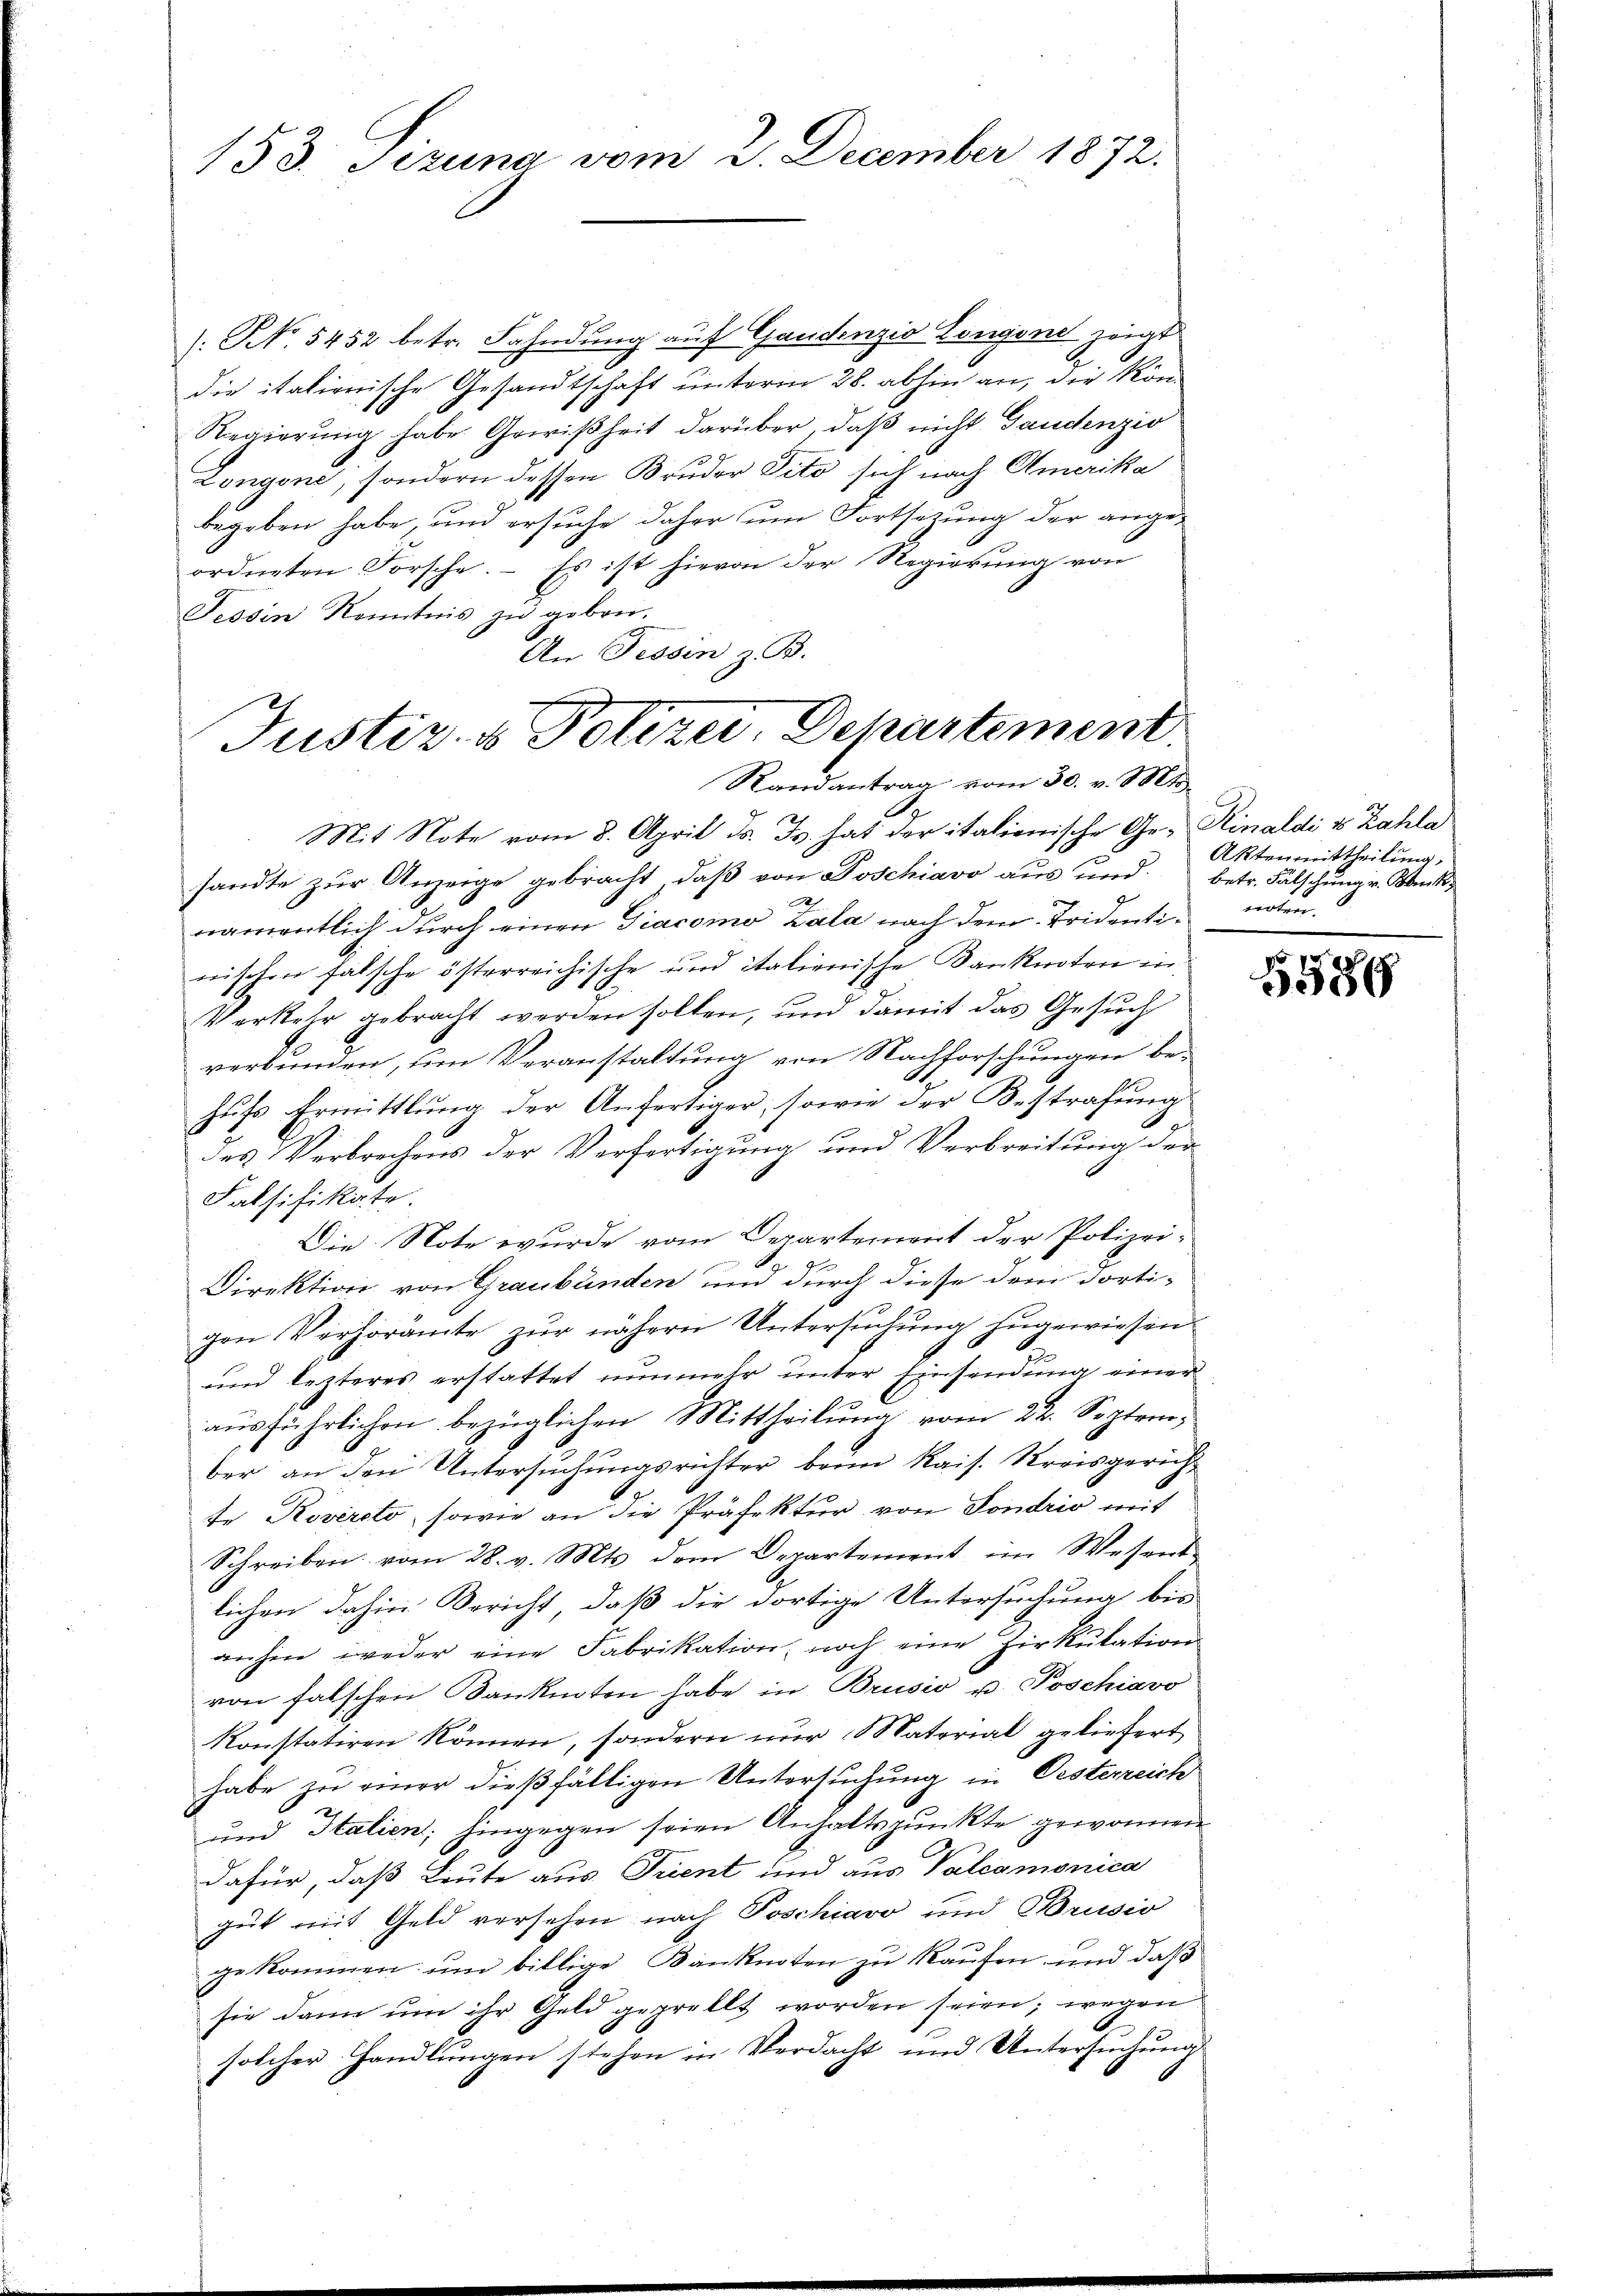
153. Sezuna vom 2. December 1872.

[No. 5452 betr. Fahndung auf Gaudenzio Longond zeigt
die italienische Gesandtschaft unterm 28. abhin an, die kön-
Regierung habe Gewißheit darüber, daß nicht Gaudenzio
Zongone; sondern dessen Bruder Tito sich nach Amerika
begeben habe, und ersuche daher um Fortsezung der angeordneten Forsche. – Es ist hievon der Regierung von
Tessin Kenntnis zu geben.
An Tessin z. B.
Mit Note vom 8. April d. Js. hat der italienische Ge- Rinaldi & Zahla
sandte zur Anzeige gebracht, daß von Poschiavo aus und
n
namentlich durch einen Diacomo Zala nach dem Tridentinischen fälsche österreichische und italienische Kanknoten in
Verkehr gebracht werden sollen, und damit das Gesuch
verbunden, um Veranstaltung von Nachforschungen be-
hufs Ermittlung der Anfertiger, sowie der Bestrafung
des Verbrechens der Verfertigung und Verbreitung der
Falsifikate.
Die Note wurde vom Departement der Polizei-
Direktion von Graubünden und durch diese dem dorti-
gen Verhöramte zur nähern Untersuchung zugewiesen
und lezteres erstattet nunmehr unter Einsendung einer
ausführlichen bezüglichen Mittheilung vom 22. September an den Untersuchungsrichter beim Kais. Kreisgericht
te Rovercto, sowie an die Präfektur von Sondrio mit
Schreiben vom 28. v. Mts. dem Departement im Wesentlichen dahin Bericht, daß die dortige Untersuchung bis
anhin weder eine Fabrikation noch eine Zirkŭlation
von falschen Banknoten habe in Brusio u. Poschiavo
konstatiren können, sondern nur Naterial geliefert
habe zu einer dießfälligen Untersuchung in Oesterreich
und Italien; hingegen seien Anhaltspunkte gewonnen
dafür, daß Leute aus Trient und aus Valcamonica
gut mit Geld versehen nach Poschiavo und Brusio
gekommen um billige Banknoten zu kaufen, und daß
sie dann um ihr Geld geprellt worden seien; wegen
solcher Handlungen stehen in Verdacht und Untersuchung

Justiz- & Polizei. Departement
Randantrag vom 30. v. Mt

Aktenmittheilung,
betr. Fälschung v. Bank,
itten

5586